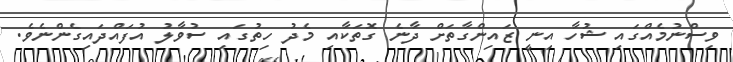
ވިސްނުމެއްގައި ޝުހާ އިނީ ޒައިންގާތަށް ދާނެ ގޮތަކާއި މެދު ހިތުގައި ސުވާލު އުފައްދައިގެންނެވެ.